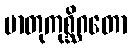
မာတုကုစ္ဆိဂတော